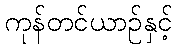
ကုန်တင်ယာဉ်နှင့်